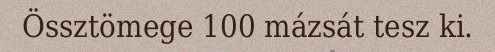
Össztömege 100 mázsát tesz ki.